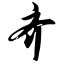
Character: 齐